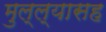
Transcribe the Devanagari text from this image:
मुल्ल्यासह